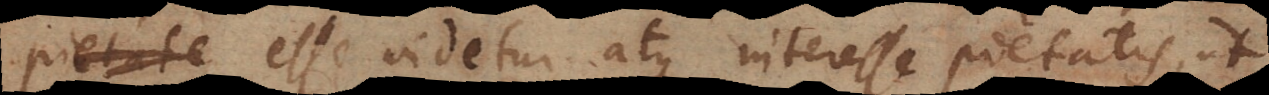
pietate esse videtur atque interesse pietatis, ut